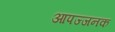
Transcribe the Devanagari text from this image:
आपज्जनक